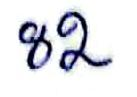
82